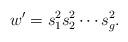
LaTeX: \begin{align*}w'=s^2_1 s^2_2 \cdots s^2_g.\end{align*}